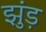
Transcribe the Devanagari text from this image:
झुंड़